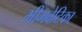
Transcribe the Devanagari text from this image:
भीमवेटिका